Plague in India, 1896, 1897 - Volume 3
Year: 1896
Disease focus: Plague
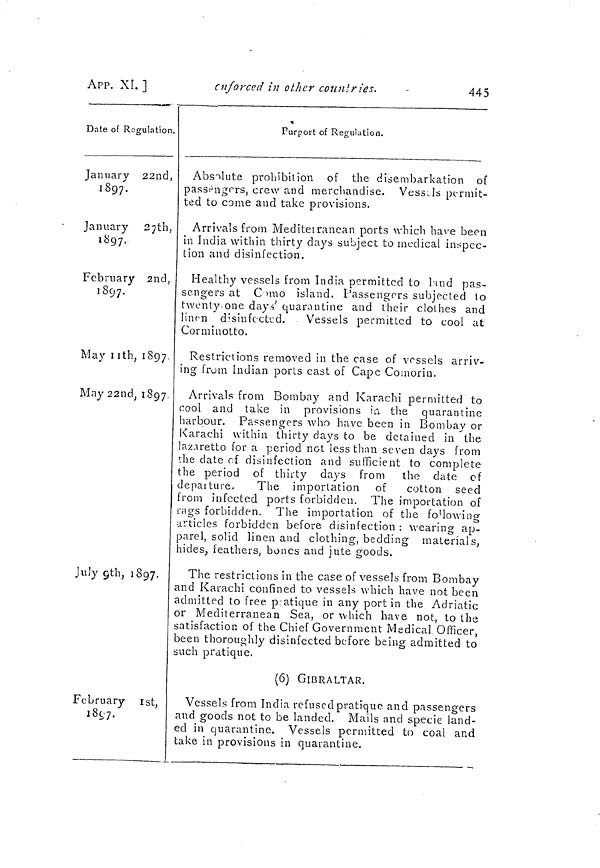
445
APP. XI. ]
enforced in other count fies.
Date of Regulation.
January 22nd,
1897.
January
27th,
1897.
February 2nd,
1897.
May 11th 1897.
May 22nd ; 1897
July 9th, 1897.
February 1st,
i8yj.
*
Purport of Regulation.
Absolute prohibit ion of the disembarkation of
passengers, crew and merchandise. Vessels permit-
ted to come and take provisions.
Arrivals from Meditei ranean ports which have been
in India within thirty days subject to medical inspec-
tion and disinfection.
Healthy vessels from India permitted to 1-ind pas-
sengers at C MÏIO island. Passengers subjected to
twenty-one days' quarantine and their clothes and
linen disinfected.
Vessels permitted to cool at
Corminotto.
Restrictions removed in the case of vessels arriv-
ing from Indian ports east of Cape Comorin.
Arrivals from Bombay and Karachi permitted to
cool and take in provisions in the quarantine
harbour. Passengers who have been in Bombay or
Karachi within thirty days to be detained in the
laz.iretto for a period not less than seven days from
rhe date rf disinfection and sufficient to complete
the period of thirty days from
the date cf
depaiture.
The importation of
cotton seed
from infected ports forbidden. The importation of
rags forbidden. The importation of the fo'loAving
articles forbidden before disinfection : wearing ap-
parel, solid linen and clothing, bedding materials,
hides, feathers, bones and jute goods.
The restrictions in the case of vessels from Bombay
and Karachi confined to vessels which have not been
admitted to free p atique in any port in the Adriatic
or Mediterranean Sea, or which have not, to the
satisfaction of the Chief Government Medical Officer,
been thoroughly disinfected be-fore being admitted to
such pratique.
(6) GIBRALTAR.
Vessels from India refused pratique and passengers
and goods not to be landed. Mails and specie land-
ed in quarantine. Vessels permitted to coal and
take in provisions in quarantine.